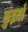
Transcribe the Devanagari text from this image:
कुइयाँ